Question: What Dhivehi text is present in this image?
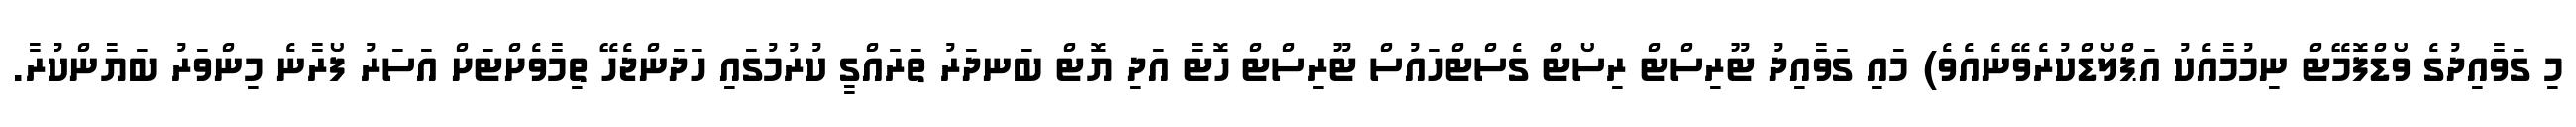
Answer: މި ގަވާއިދުގެ ވޯޑްފޮމޭޓް ނިމުމާއެކު އަޕްލޯޑްކުރެވޭނެއެވެ) މައި ގަވާއިދު ޓޫރިސްޓް ރިސޯޓް ގެސްޓްހައުސް ޓޫރިސްޓް ހޮޓާ އަދި ޔޮޓް ބަނދަރު ތަރައްގީ ކުރުމުގައި ހަދަންޖެހޭ ތިމާވެށްޓަށް އަސަރު ފޯރާނެ މިންވަރު ބަޔާންކުރާ.